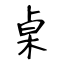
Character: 桌